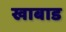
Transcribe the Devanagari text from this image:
खाबाड